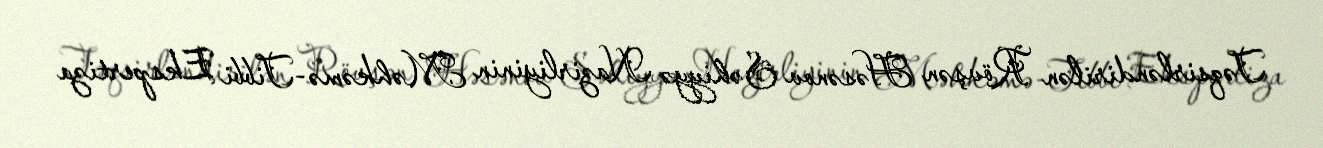
Təqsirləndirilən Rövşən Həsənov Səhiyyə Nazirliyinin Məhkəmə-Tibbi Ekspertiza